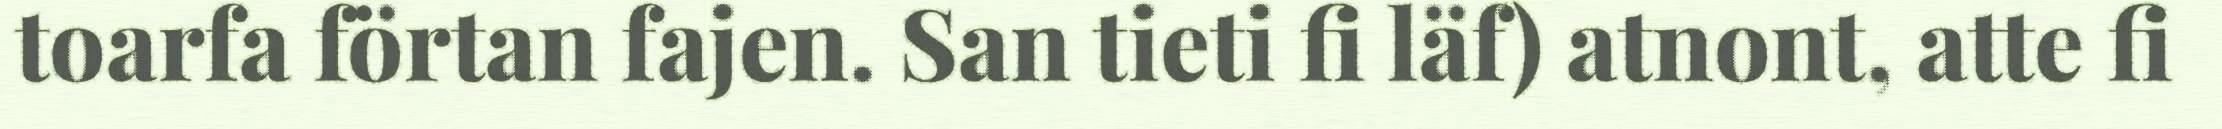
toarfa förtan fajen. San tieti fi läf) atnont, atte fi